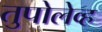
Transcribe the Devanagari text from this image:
तुपोलेव्ह